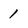
Character: 1